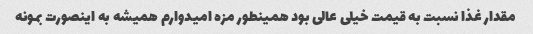
مقدار غذا نسبت به قیمت خیلی عالی بود همینطور مزه امیدوارم همیشه به اینصورت بمونه